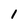
Character: 1